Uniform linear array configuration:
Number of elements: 48
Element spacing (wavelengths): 1
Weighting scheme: hann
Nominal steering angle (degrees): -45
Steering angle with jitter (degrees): -46.152
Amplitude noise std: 0.05
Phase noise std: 0.05

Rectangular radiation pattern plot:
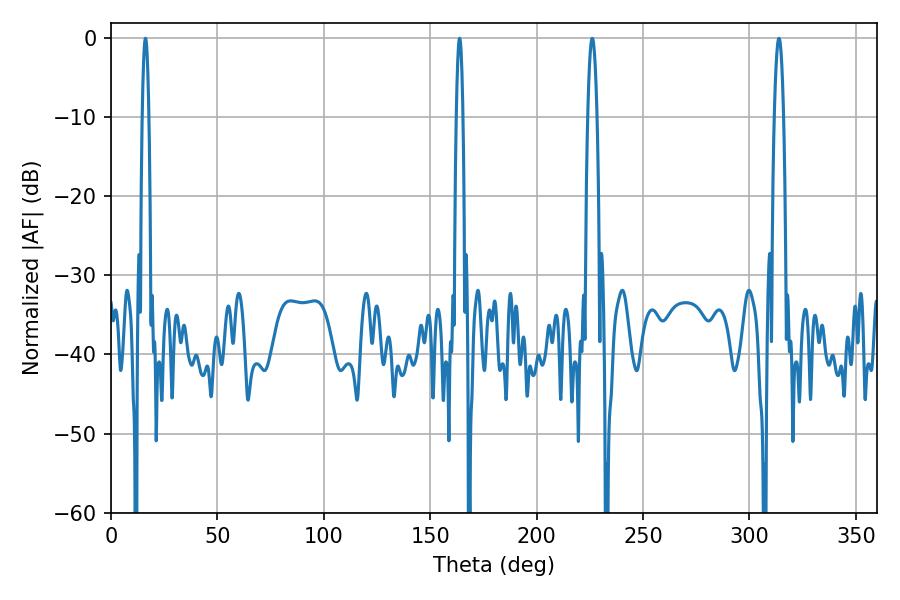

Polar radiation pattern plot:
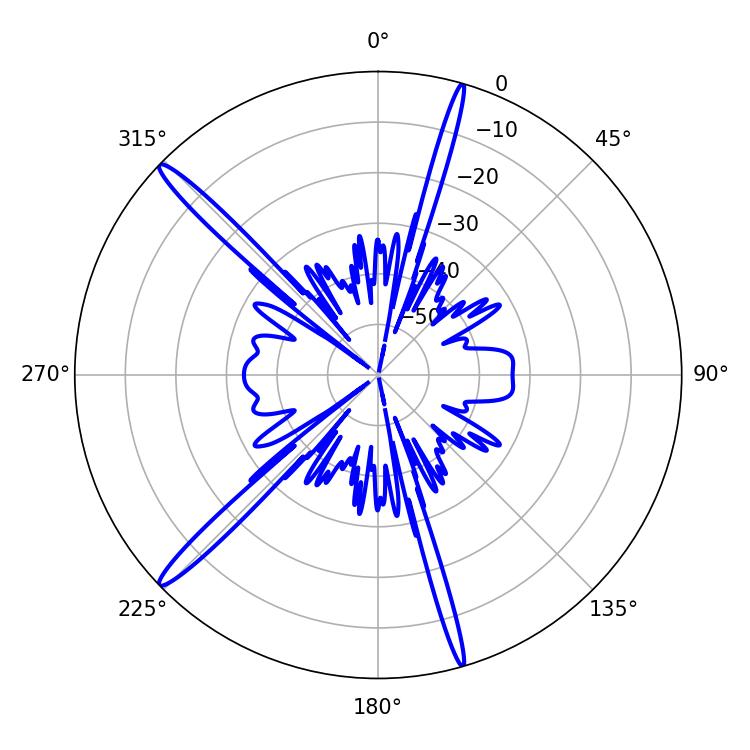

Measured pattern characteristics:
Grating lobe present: TRUE
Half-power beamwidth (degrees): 1.8
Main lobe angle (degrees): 16.2